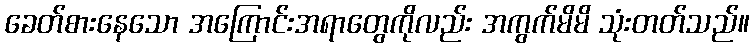
ခေတ်စားနေသော အကြောင်းအရာတွေကိုလည်း အကွက်မိမိ သုံးတတ်သည်။